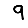
Digit: 9